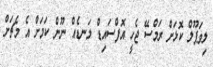
ލިވަޕޫލް ކޮޅަށް ރަމްސޭ ޖެހީ އޮފްސައިޑް ލަނޑެއް ނޫން ކަމަށް އެ މެޗަށް